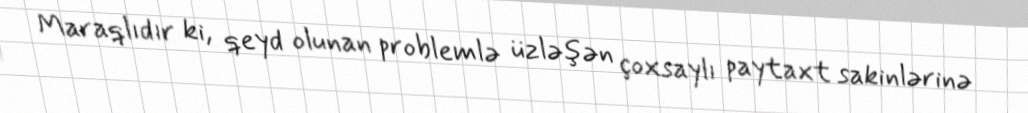
Maraqlıdır ki, qeyd olunan problemlə üzləşən çoxsaylı paytaxt sakinlərinə